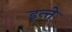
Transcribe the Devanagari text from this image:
इन्ते